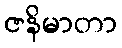
ဇနိမာတာ